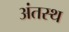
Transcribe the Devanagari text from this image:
अंतस्‍थ